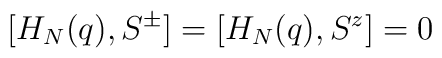
[H_N(q), S^{\pm}] = [H_N(q), S^{z}]     =0